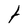
Character: t